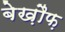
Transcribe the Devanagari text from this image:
बेख़ौफ़